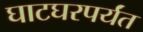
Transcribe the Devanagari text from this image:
घाटघरपर्यंत